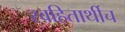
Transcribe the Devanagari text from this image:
स्वहितार्थीच